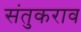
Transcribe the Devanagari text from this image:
संतुकराव